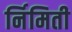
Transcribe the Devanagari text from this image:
र्निमिती